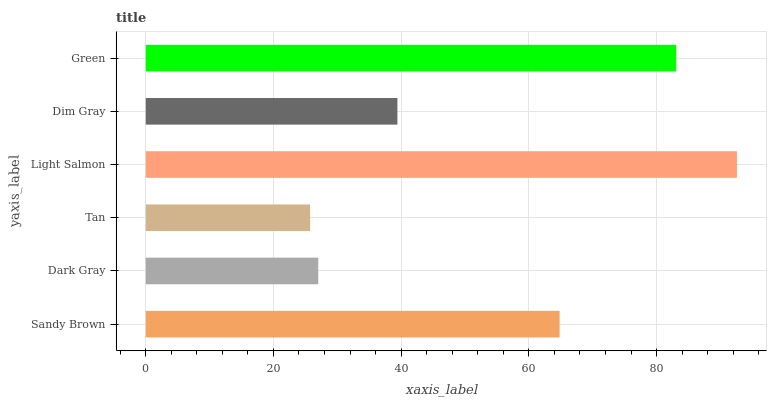
| yaxis_label | bars |
 | --- | --- |
 | Sandy Brown | 64.8 |
 | Dark Gray | 27 |
 | Tan | 25.7 |
 | Light Salmon | 92.6 |
 | Dim Gray | 39.4 |
 | Green | 83.1 |